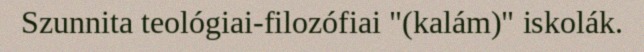
Szunnita teológiai-filozófiai "(kalám)" iskolák.